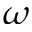
\omega